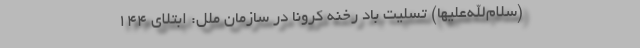
(سلام‌الله‌علیها) تسلیت باد رخنه کرونا در سازمان ملل: ابتلای ۱۴۴